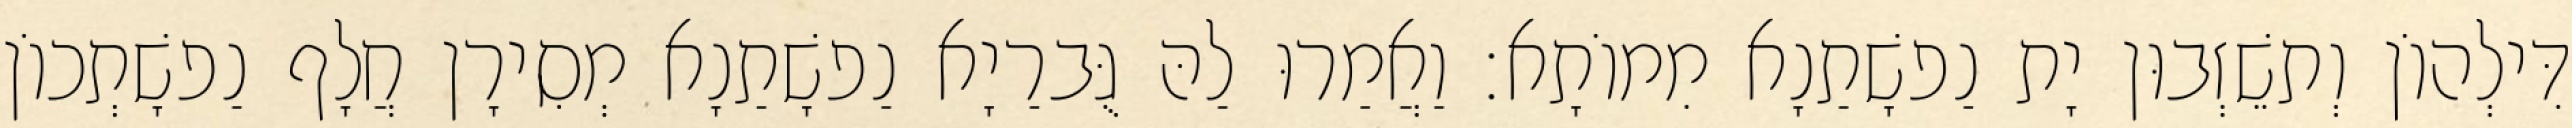
דִּילְהוֹן וְתשֵׁזְבוּן יָת נַפשָׁתַנָא מִמוֹתָא׃ וַאֲמַרוּ לַהּ גֻּברַיָא נַפשָׁתַנָא מְסִירָן חֲלָף נַפשָׁתְכוֹן